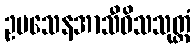
ဥပသေနအာသီဝိသသုတ္တံ